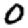
Digit: 0